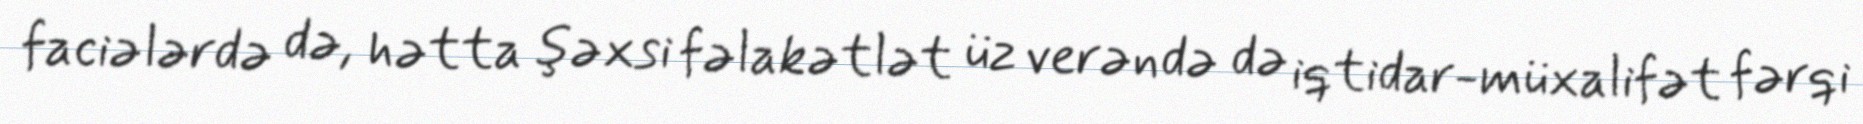
faciələrdə də, hətta şəxsi fəlakətlət üz verəndə də iqtidar-müxalifət fərqi